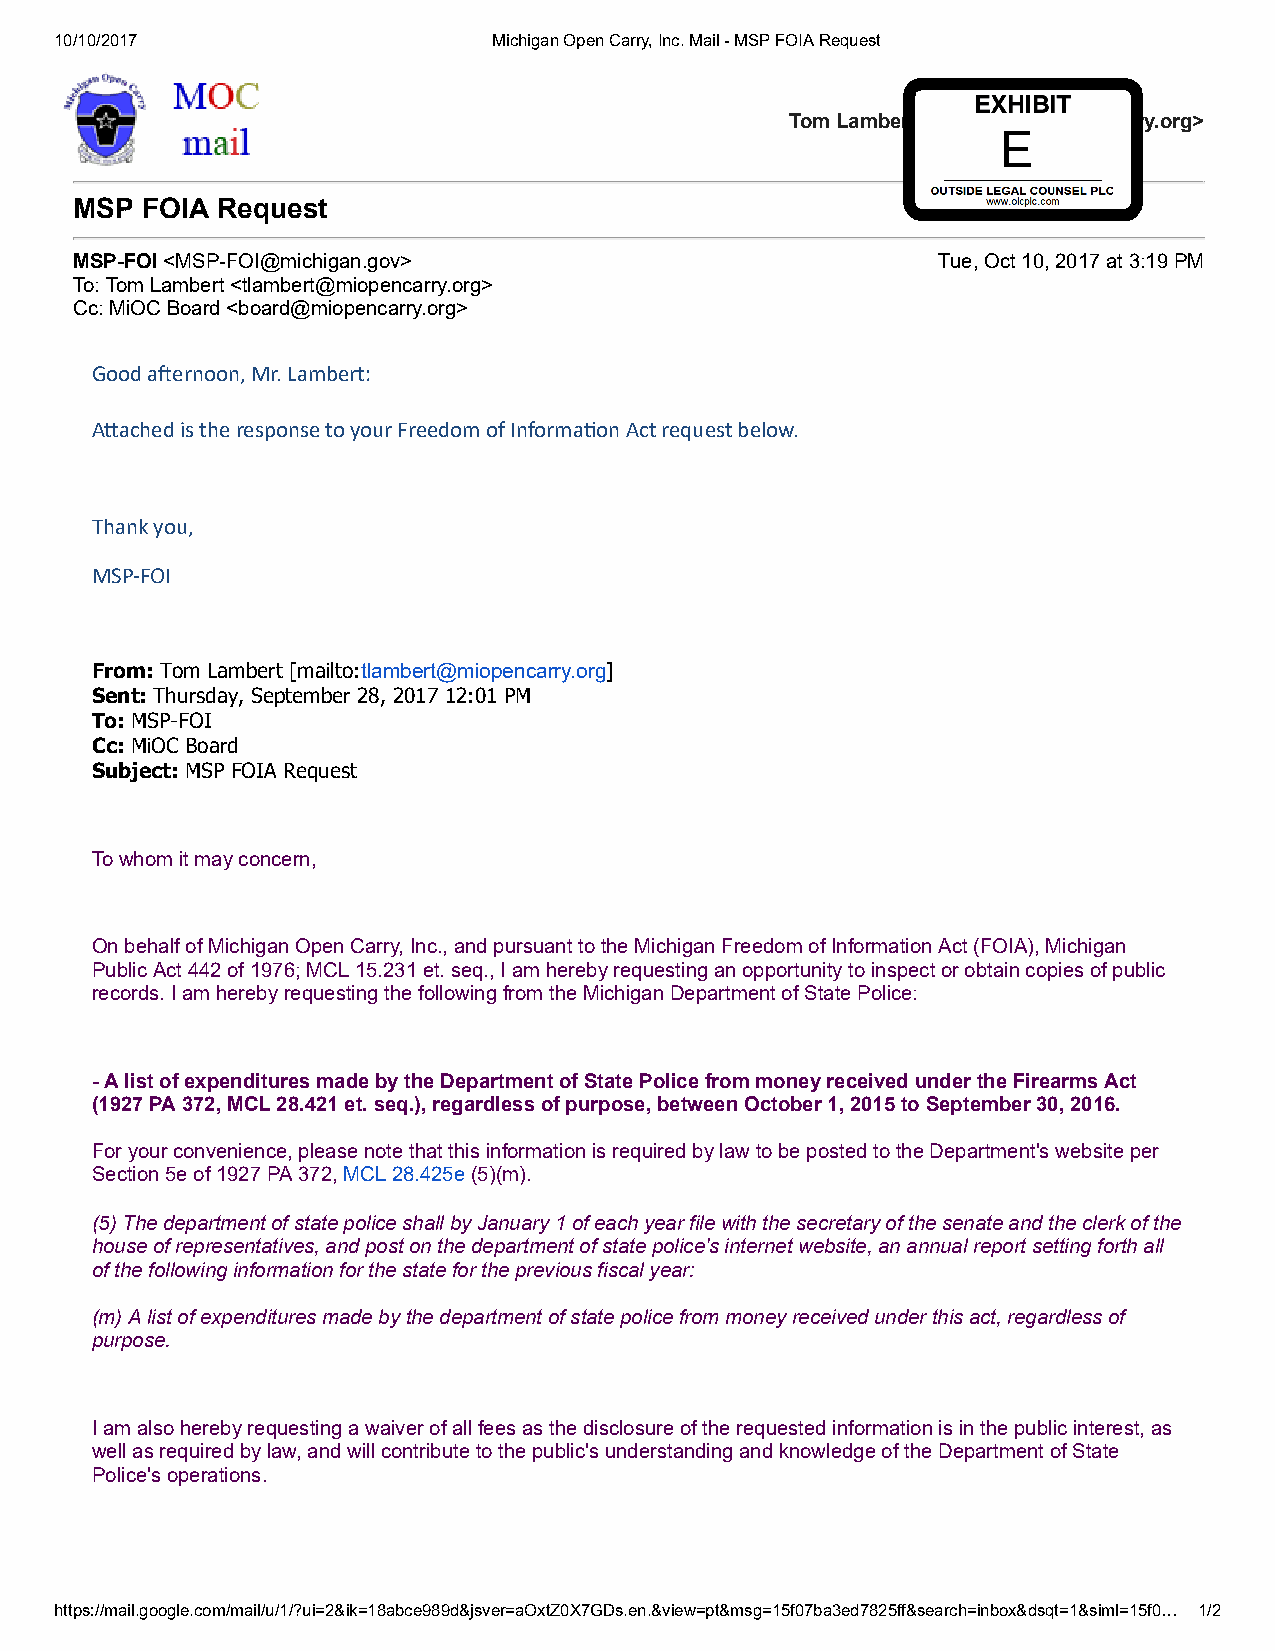
10/10/2017                   Michigan Open Carry, Inc. Mail - MSP FOIA Request
 Tom Lambert <tlambert@miopencarry.org>
 MSP FOIA Request
 MSP-FOI <MSP-FOI@michigan.gov>                           Tue, Oct 10, 2017 at 3:19 PM
 To: Tom Lambert <tlambert@miopencarry.org>
 Cc: MiOC Board <board@miopencarry.org>
 Good aernoon, Mr. Lambert:
 Aached is the response to your Freedom of Informaon Act request below.
 Thank you,
 MSP-FOI
 From: Tom Lambert [mailto:tlambert@miopencarry.org]
 Sent: Thursday, September 28, 2017 12:01 PM
 To: MSP-FOI
 Cc: MiOC Board
 Subject: MSP FOIA Request
 To whom it may concern,
 On behalf of Michigan Open Carry, Inc., and pursuant to the Michigan Freedom of Information Act (FOIA), Michigan
 Public Act 442 of 1976; MCL 15.231 et. seq., I am hereby requesting an opportunity to inspect or obtain copies of public
 records. I am hereby requesting the following from the Michigan Department of State Police:
 - A list of expenditures made by the Department of State Police from money received under the Firearms Act
 (1927 PA 372, MCL 28.421 et. seq.), regardless of purpose, between October 1, 2015 to September 30, 2016.
 For your convenience, please note that this information is required by law to be posted to the Department's website per
 Section 5e of 1927 PA 372, MCL 28.425e (5)(m).
 (5) The department of state police shall by January 1 of each year file with the secretary of the senate and the clerk of the
 house of representatives, and post on the department of state police's internet website, an annual report setting forth all
 of the following information for the state for the previous fiscal year:
 (m) A list of expenditures made by the department of state police from money received under this act, regardless of
 purpose.
 I am also hereby requesting a waiver of all fees as the disclosure of the requested information is in the public interest, as
 well as required by law, and will contribute to the public's understanding and knowledge of the Department of State
 Police's operations.
 https://mail.google.com/mail/u/1/?ui=2&ik=18abce989d&jsver=aOxtZ0X7GDs.en.&view=pt&msg=15f07ba3ed7825ff&search=inbox&dsqt=1&siml=15f0… 1/2